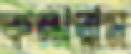
কল্পরাম